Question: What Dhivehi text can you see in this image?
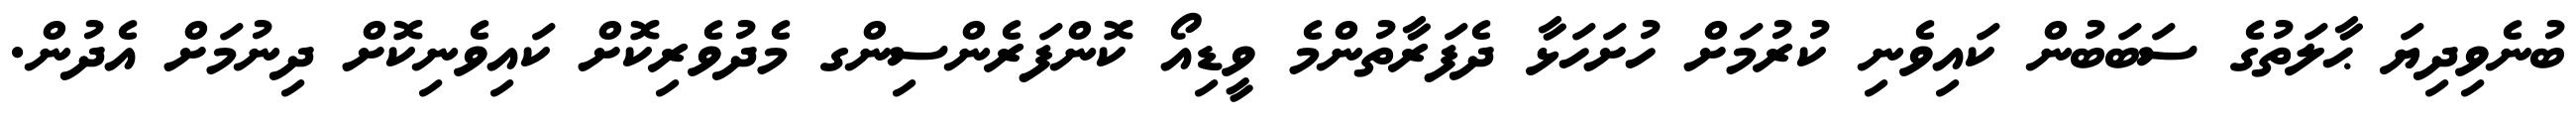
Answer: ބުނެވިދިޔަ ޙާލަތުގެ ސަބަބުން ކައިވެނި ކުރުމަށް ހުށަހަޅާ ދެފަރާތުންމެ ވީޑިއޯ ކޮންފަރެންސިންގ މެދުވެރިކޮށް ކައިވެނިކޮށް ދިނުމަށް އެދުން.